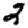
Digit: 2